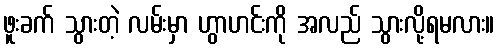
ဖူးခက် သွားတဲ့ လမ်းမှာ ဟွာဟင်းကို အလည် သွားလို့ရမလား။